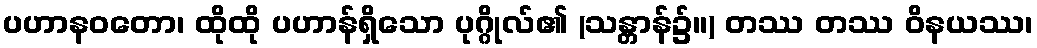
ပဟာနဝတော၊ ထိုထို ပဟာန်ရှိသော ပုဂ္ဂိုလ်၏ (သန္တာန်၌။) တဿ တဿ ဝိနယဿ၊